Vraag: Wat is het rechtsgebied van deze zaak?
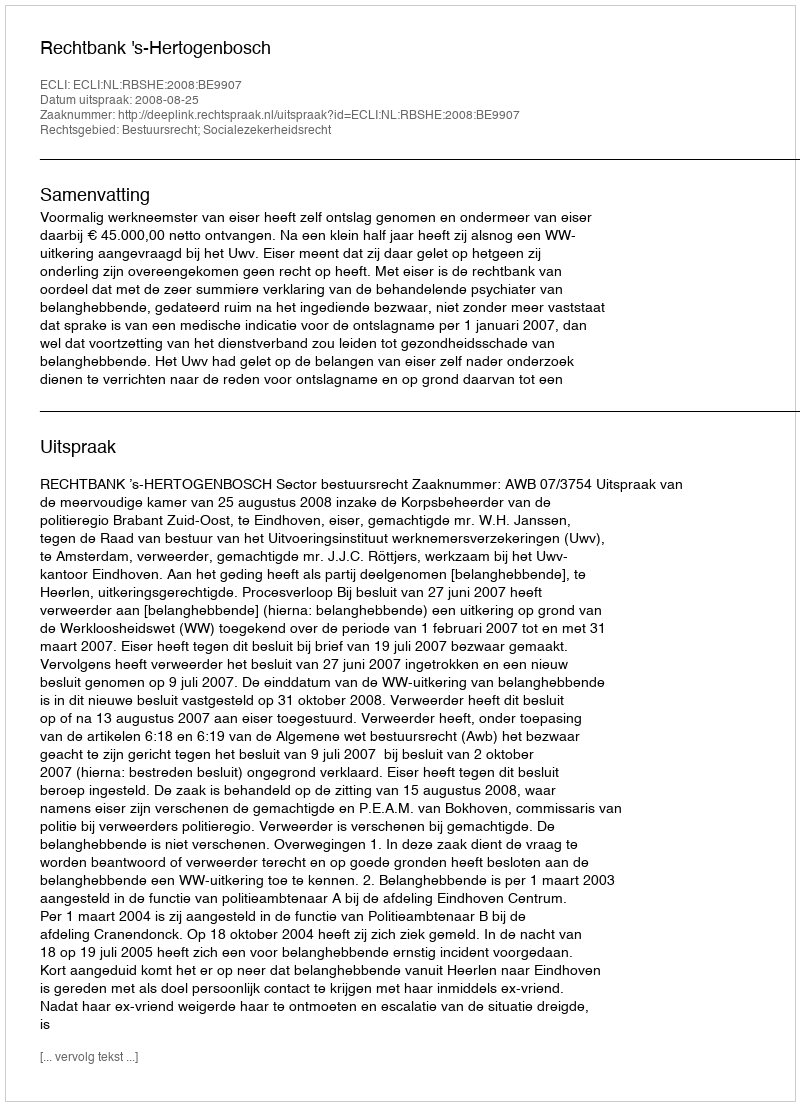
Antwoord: Bestuursrecht; Socialezekerheidsrecht